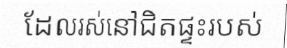
ដែលរស់នៅជិតផ្ទះរបស់